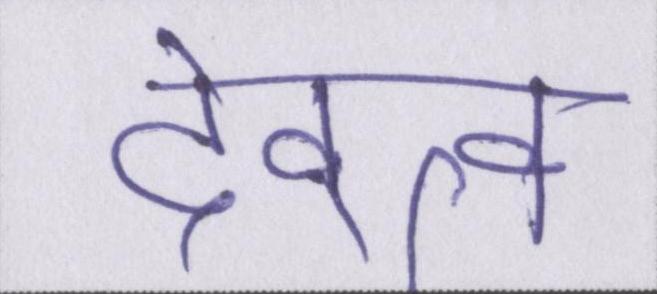
देवत्व